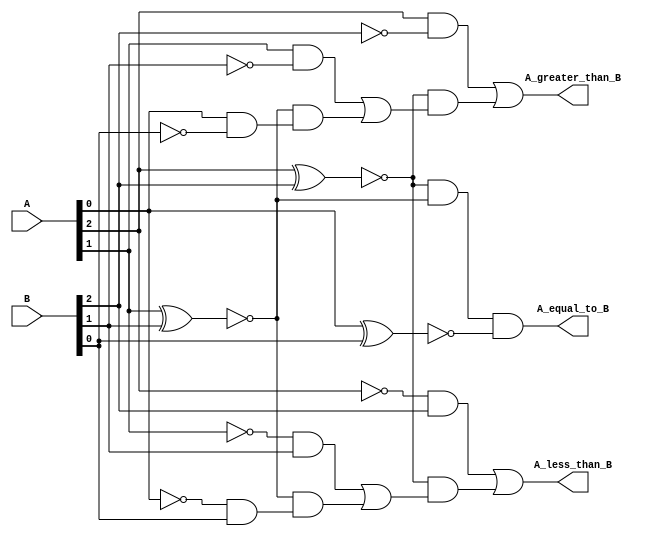
module magnitude_comparator_DF (
    input [2:0] A,
    input [2:0] B,
    output A_greater_than_B,
    output A_less_than_B,
    output A_equal_to_B
);

wire A_greater_than_B_wire, A_less_than_B_wire;
// Generate outputs for A > B
assign A_greater_than_B = (A[2] && ~B[2]) || (~(A[2] ^ B[2]) && (A[1] && ~B[1] || (~(A[1] ^ B[1]) && (A[0] && ~B[0]))));
assign A_less_than_B = (~A[2] && B[2]) || (~(A[2] ^ B[2]) && (~A[1] && B[1] || (~(A[1] ^ B[1]) && (~A[0] && B[0]))));
assign A_equal_to_B = ~(A[2] ^ B[2]) && ~(A[1] ^ B[1]) && ~(A[0] ^ B[0]);

endmodule